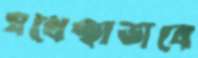
যথেচ্ছাভাবে